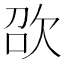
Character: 欩